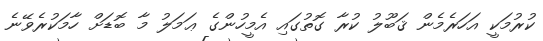
ކުރުމަކީ އަހަރެމެން ޤަބޫލު ކުރާ ގޮތުގައި އެމީހުންގެ ޢަމަލު މާ ބޮޑަށް ހާމަކުރެވޭނެ